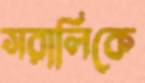
সরালিকে